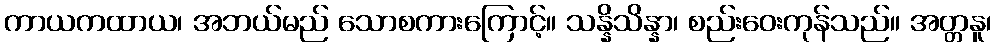
ကာယကထာယ၊ အဘယ်မည် သောစကားကြောင့်။ သန္နိသိန္နာ၊ စည်းဝေးကုန်သည်။ အတ္တနူ၊